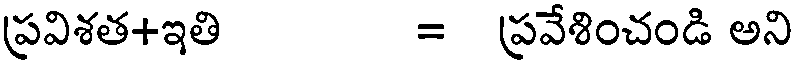
ప్రవిశత+ఇతి = ప్రవేశించండి అని